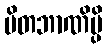
မိတဘာဏိမ္ပိ